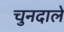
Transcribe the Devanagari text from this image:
चुनदाले